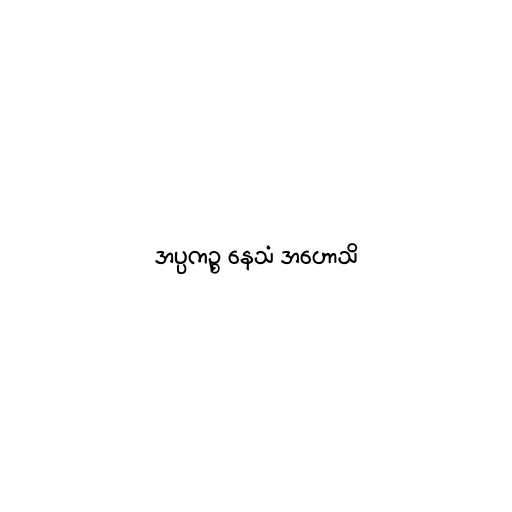
အပ္ပကဉ္စ နေသံ အဟောသိ